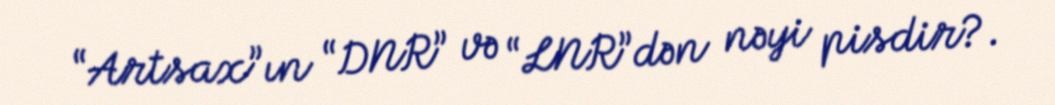
“Artsax”ın “DNR” və “LNR”dən nəyi pisdir?.